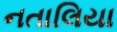
નતાલિયા